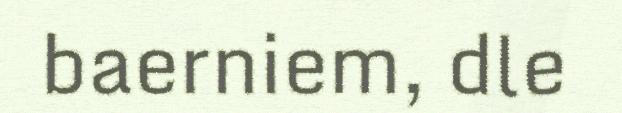
baerniem, dle